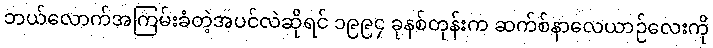
ဘယ်လောက်အကြမ်းခံတဲ့အပင်လဲဆိုရင် ၁၉၉၄ ခုနစ်တုန်းက ဆက်စ်နာလေယာဉ်လေးကို